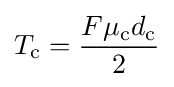
T_{\text{c}}={\frac {F\mu _{\text{c}}d_{\text{c}}}{2}}